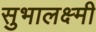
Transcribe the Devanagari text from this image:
सुभालक्ष्मी